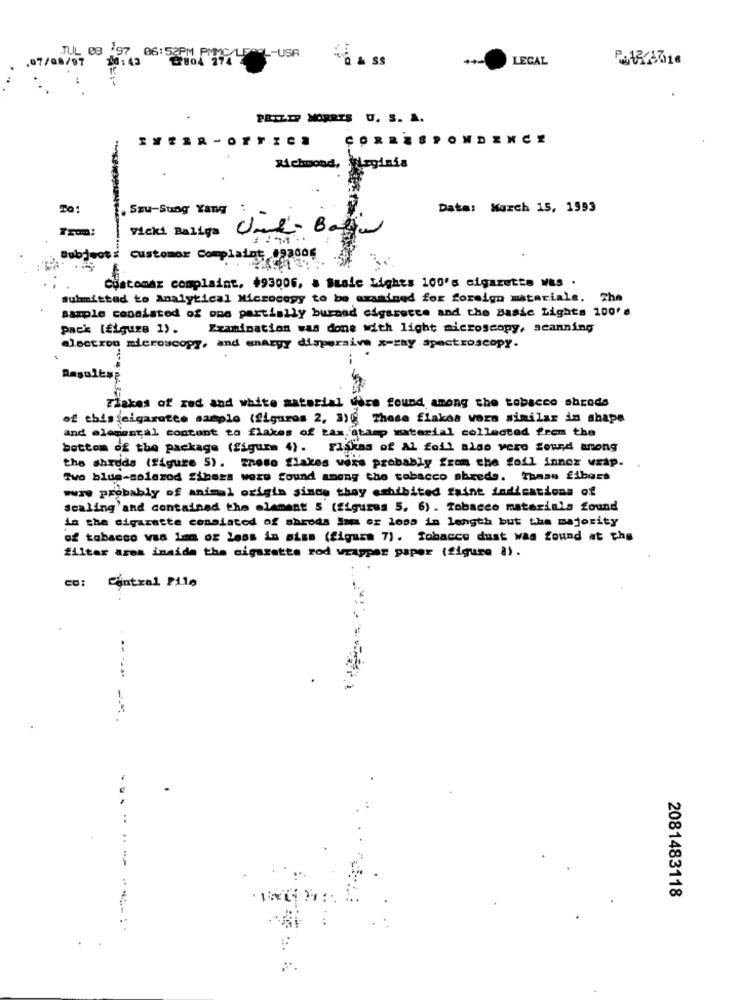
, 07/08/97
JUL 08 197 06:52PM PMMC/LECOL-USA
10:43
a & ss
LEGAL
PRILEP MORRIS U. S. A.
EXEZR - OT
CORRE
ONDENCE
Richmond, Virginia
.Szu-Sung Yang :
Data: March 15, 1993
vicki Baliga
--
Subject:
customor Complaint 093006
CHatomar complaint. +93006, & Susie Lights 100's cigarette W&S .
submitted to Analytical Microcopy to be wandiged for foreign materials. The
sample consisted of one partially burned cigarette and the Basic Lights 100'
pack [figura 1).
Examination was done with light microscopy, scanning
electron microscopy, and enargy dispersive x-zay spectroscopy.
Başalta;
ziakes of red and white material were found among the tobacco shreds
of this cigarette sample (figures 2, 3) These flakes vora similar in shape
and elemental contant to flakes of tas, atamp material collected from the
bottom of the package (figure 4). Flsins of Al foil aise vero found anong
the shreds (figure 5). These flakes were probably from the feil inner wrap.
Two blue-solarod Sthers were found among the tobacco shreds. These fibers
wwww probably of animal origin since they exhibited faint indications of
Scaling'and contained the element 5 (figures 5. 6). Tobacco materials found
in the cigarette consisted of ahrods Sam or loss in length but the majority
of tobacco was 1mm or less in aise (figura 7). Tobacco dust was found at the
filter arem inside the cigaretts rod wrapper paper (figure 8).
Central Pile
...
2081483118